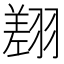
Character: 𦑺